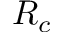
R _ { c }